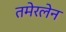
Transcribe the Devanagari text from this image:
तमेरलेन